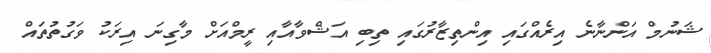
ޝަނުމް އަންނާނެ އިރެއްގައި އިންތިޒާރުގައި ތިބި އަޝްވާއާއި ރީމްއަށް މާގިނަ އިރަކު ވަގުތުތައް